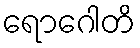
ရောဂေါတိ